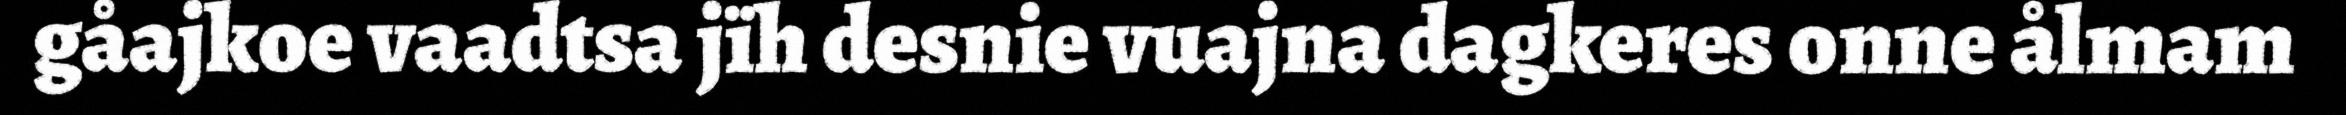
gåajkoe vaadtsa jïh desnie vuajna dagkeres onne ålmam